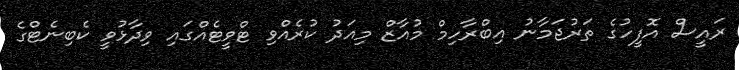
ރައީސް އޮފީހުގެ ތަރުޖަމާނު އިބްރާހިމް މުއާޒް މިއަދު ކުރެއްވި ޓްވީޓެއްގައި ވިދާޅުވީ ކެބިނެޓްގެ